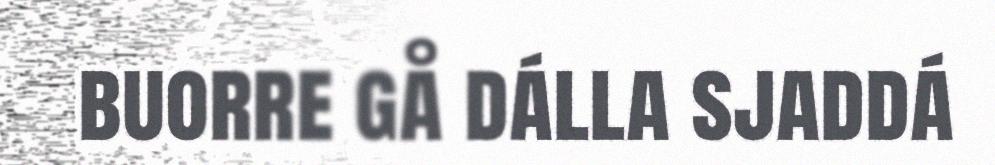
buorre gå dálla sjaddá